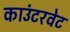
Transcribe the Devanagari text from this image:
काउंटरवेट